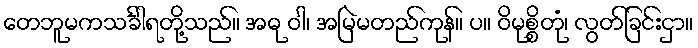
တေဘူမကသင်္ခါရတို့သည်။ အဓု ဝါ၊ အမြဲမတည်ကုန်။ ပ။ ဝိမုစ္စိတုံ၊ လွတ်ခြင်းငှာ။